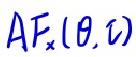
$AF_x(\theta, v)$